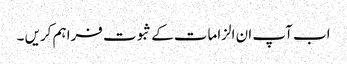
اب آپ ان الزامات کے ثبوت فراہم کریں ۔